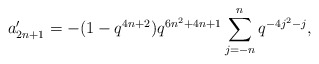
\begin{align*} a'_{2n+1} = -(1-q^{4n+2})q^{6n^2+4n+1}\sum_{j=-n}^{n}q^{-4j^2-j},\end{align*}